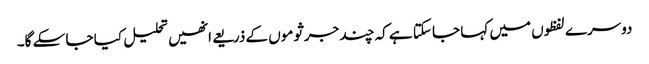
دوسرے لفظوں میں کہا جا سکتا ہے کہ چند جرثوموں کے ذریعے انھیں تحلیل کیا جا سکے گا۔